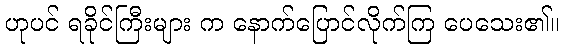
ဟုပင် ရခိုင်ကြီးများ က နောက်ပြောင်လိုက်ကြ ပေသေး၏။